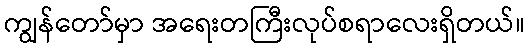
ကျွန်တော်မှာ အရေးတကြီးလုပ်စရာလေးရှိတယ်။